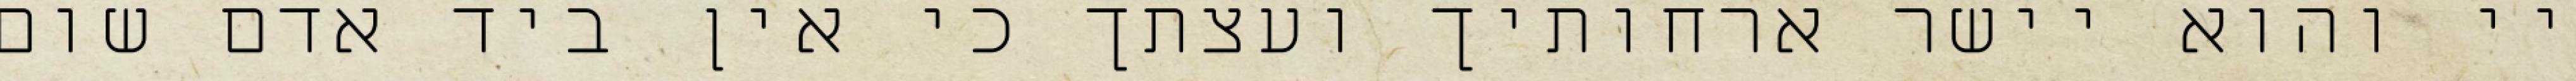
יי והוא יישר ארחותיך ועצתך כי אין ביד אדם שום